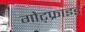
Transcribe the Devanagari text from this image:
गोट्फ्राइड